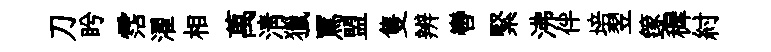
刀盻霑濯相萬淸獵罵盟隻辨轡緊沸伴培翌篴穉紂